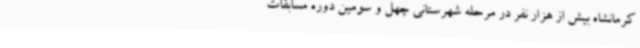
کرمانشاه بیش از هزار نفر در مرحله شهرستانی چهل و سومین دوره مسابقات